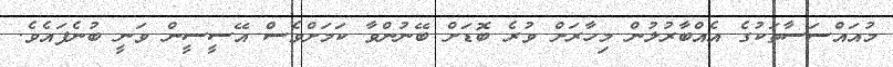
މުއައްސަސާތަކުގެ އެއްބާރުލުން މިހާރަށް ވުރެ ބޮޑަށް ބޭނުންވާ ކަމަށްވެސް އޭސީސީން ވަނީ ބުނެފައެވެ.